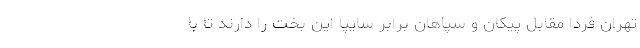
تهران فردا مقابل پیکان و سپاهان برابر سایپا این بخت را دارند تا با